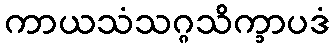
ကာယသံသဂ္ဂသိက္ခာပဒံ